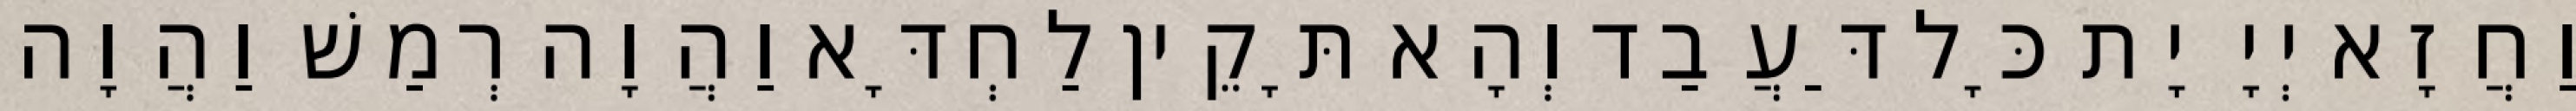
וַחֲזָא יְיָ יָת כָּל דַּעֲבַד וְהָא תָּקֵין לַחְדָּא וַהֲוָה רְמַשׁ וַהֲוָה